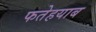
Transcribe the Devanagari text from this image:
फतेहयाब